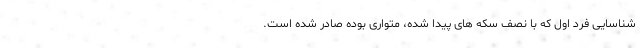
شناسایی فرد اول که با نصف سکه های پیدا شده، متواری بوده صادر شده است.